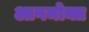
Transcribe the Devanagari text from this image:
आगमोक्त